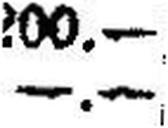
—.—